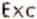
EXC